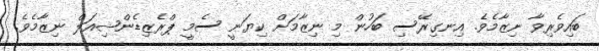
ބައިވެރިވާ ނިޒާމެވެ. އިނގިރޭސި ބަހުން މި ނިޒާމަށް ކިޔަނީ ސެމީ ޕްރެޒިޑެންޝިއަލް ނިޒާމެވެ.